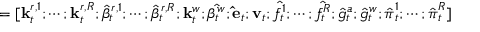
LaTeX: = [ \mathbf { k } _ { t } ^ { r , 1 } ; \cdots ; \mathbf { k } _ { t } ^ { r , R } ; { \hat { \beta } } _ { t } ^ { r , 1 } ; \cdots ; { \hat { \beta } } _ { t } ^ { r , R } ; \mathbf { k } _ { t } ^ { w } ; { \hat { \beta _ { t } ^ { w } } } ; \mathbf { \hat { e } } _ { t } ; \mathbf { v } _ { t } ; { \hat { f _ { t } ^ { 1 } } } ; \cdots ; { \hat { f _ { t } ^ { R } } } ; { \hat { g } } _ { t } ^ { a } ; { \hat { g } } _ { t } ^ { w } ; { \hat { \boldsymbol { \pi } } } _ { t } ^ { 1 } ; \cdots ; { \hat { \boldsymbol { \pi } } } _ { t } ^ { R } ]